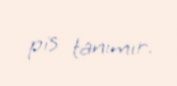
pis tanımır.